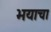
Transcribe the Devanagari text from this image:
भयाचा